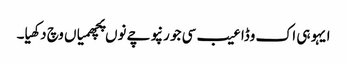
ایہو ہی اک وڈا عیب سی جو رنپوچے نوں پچھمیاں وچ دکھیا۔